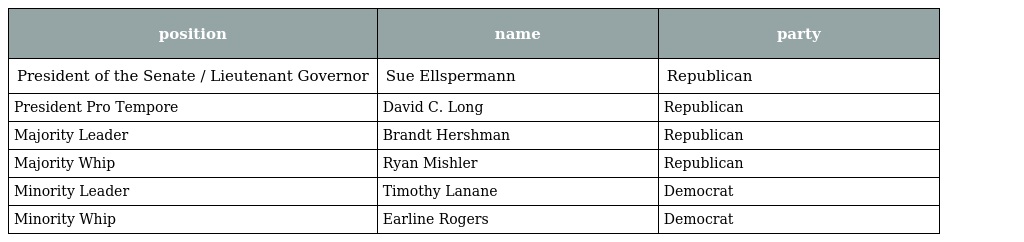
| position | name | party |
 | --- | --- | --- |
 | President of the Senate / Lieutenant Governor | Sue Ellspermann | Republican |
 | President Pro Tempore | David C. Long | Republican |
 | Majority Leader | Brandt Hershman | Republican |
 | Majority Whip | Ryan Mishler | Republican |
 | Minority Leader | Timothy Lanane | Democrat |
 | Minority Whip | Earline Rogers | Democrat |